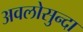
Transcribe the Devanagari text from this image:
अवलोसुन्दा